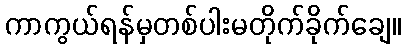
ကာကွယ်ရန်မှတစ်ပါးမတိုက်ခိုက်ချေ။